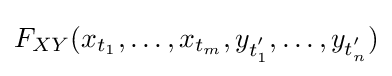
F_{XY}(x_{t_{1}},\ldots ,x_{t_{m}},y_{t_{1}^{'}},\ldots ,y_{t_{n}^{'}})